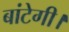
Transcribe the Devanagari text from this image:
बांटेगी।